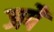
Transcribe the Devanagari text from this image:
जपैं